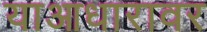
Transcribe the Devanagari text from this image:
याआधारावर